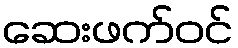
ဆေးဖက်ဝင်